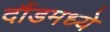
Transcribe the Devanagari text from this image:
दौंडमध्ये